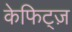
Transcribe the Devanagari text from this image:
केफिट्ज़